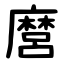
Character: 麿